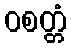
ဝစတ္တံ